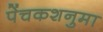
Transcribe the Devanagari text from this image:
पेंचकशनुमा